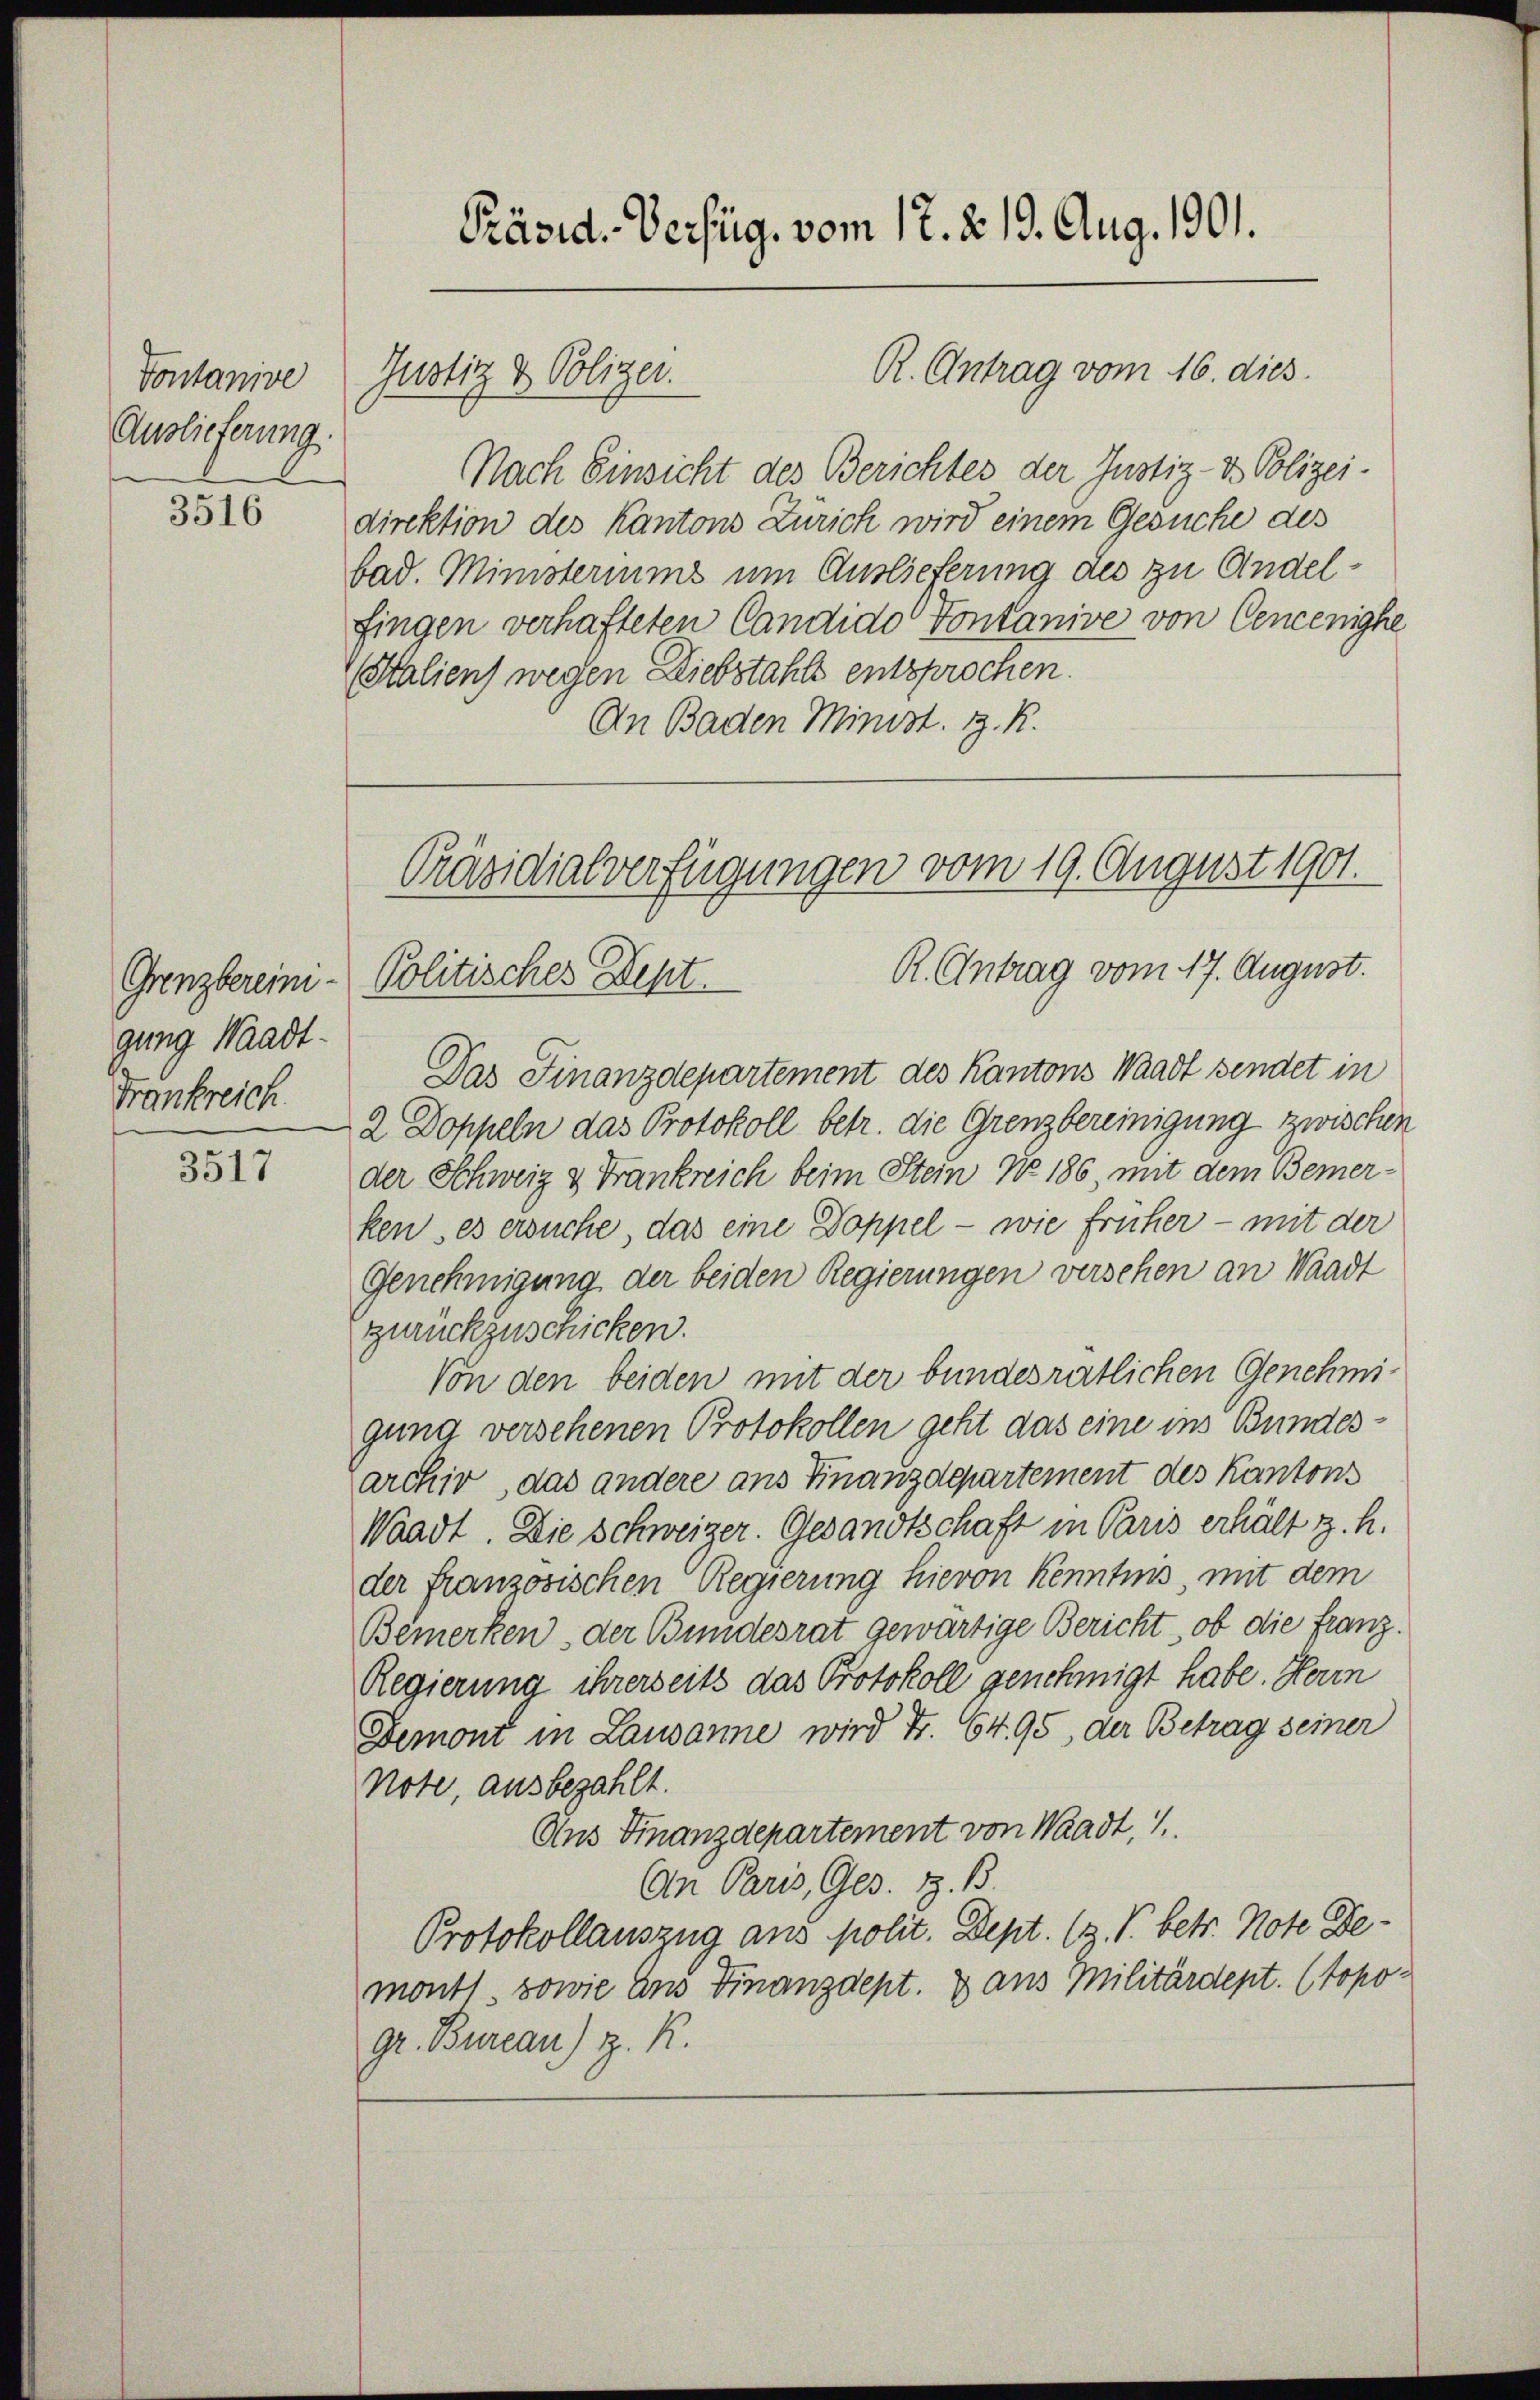
Vontanive
Auslieferung.

3516

Grenzbereini-
gung Waadt.
Frankreich

3517

Präsid. Verfüg, vom 17. d. 19. Aug. 1901.

Nach Einsicht des Berichtes der Justiz- & Polizei-
direktion des Kantons Zürich wird einem Gesuche des
bad. Ministeriums um Auslieferung des zu Andelfingen verhafteten Candido Vontanive von Cenjenighe
Stalien) wegen Diebstahls entsprochen.
An Baden Minist. z. R.

Justiz & Polizei.

Das Finanzdepartement des Kantons Waadt sendet in
2 Doppeln das Protokoll betr. die Grenzbereinigung zwischen
der Schweiz & Frankreich beim Stein No 186, mit dem Bemerken, es ersuche, das eine Doppel – wie früher - mit der
Genehmigung der beiden Regierungen versehen an Waadt
zurückzuschicken.
Von den beiden mit der bundesrätlichen Genehmigung versehenen Protokollen geht das eine ins Bundesarchiv, das andere ans Finanzdepartement des Kantons
Waadt. Die Schweizer. Gesandtschaft in Paris erhält z. h.
der französischen Regierung hievon Kenntnis, mit dem
Bemerken, der Bundesrat gewärtige Bericht, ob die franz.
Regierung ihrerseits das Protokoll genehmigt habe. Herrn
Demont in Lausanne wird Fr. 64. 95, der Betrag seiner
Note, ausbezahlt.
Aus Finanzdepartement von Waadt, 1.
An Paris, Ges. Z. B
Protokollauszug aus polit. Dept. (3. P. betr. Note Bemont, sowie und Finanzdept. Dans Militärdept. (topogr. Bureau) z. R.

R. Antrag vom 16. dies

Präsidialverfügungen vom 19. August 1901.
R. Antrag vom 17. August.
Politischer Sept.